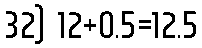
32) 12+0.5=12.5